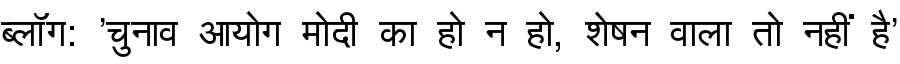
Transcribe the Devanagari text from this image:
ब्लॉग: 'चुनाव आयोग मोदी का हो न हो, शेषन वाला तो नहीं है'